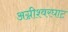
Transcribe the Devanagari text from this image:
अग्नीश्वरघाट